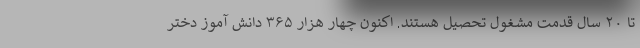
تا ٢٠ سال قدمت مشغول تحصیل هستند. اکنون چهار هزار ۳۶۵ دانش آموز دختر